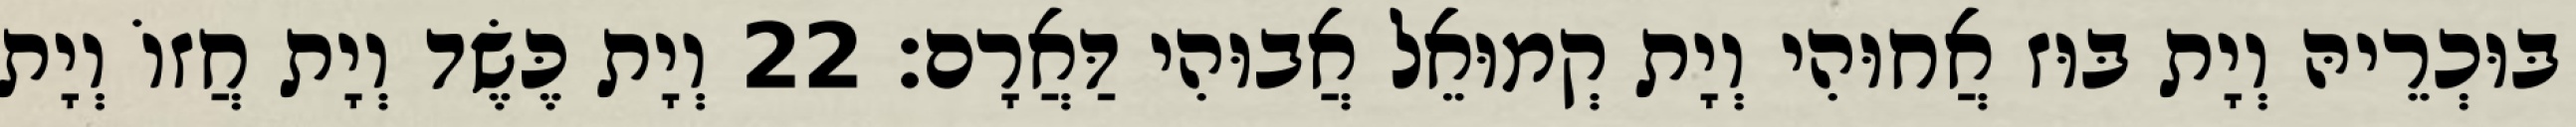
בּוּכְרֵיהּ וְיָת בּוּז אֲחוּהִי וְיָת קְמוּאֵל אֲבוּהִי דַּאֲרָם׃ 22 וְיָת כֶּשֶׂד וְיָת חֲזוֹ וְיָת